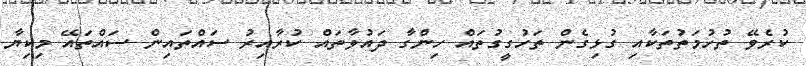
ކުރެވޭ ތުހުމަތުތަކާއި ގުޅިގެން ތަހުގީގުތައް ހިންގާ ދައުވާތައް ކުރާއިރު ސައްތައިން ސައްތައޭ މިކިޔާ